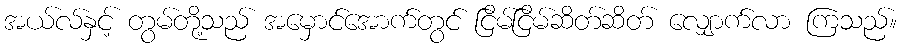
အယ်လ်နှင့် တွမ်တို့သည် အမှောင်အောက်တွင် ငြိမ်ငြိမ်ဆိတ်ဆိတ် လျှောက်လာ ကြသည်။